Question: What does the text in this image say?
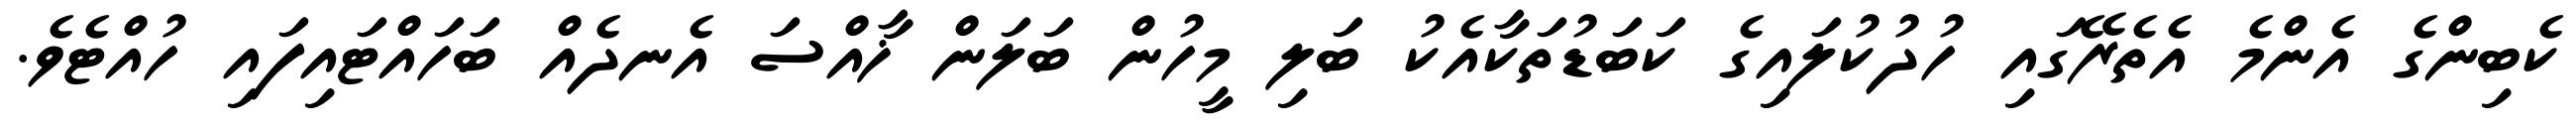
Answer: ކެބިންގެ އެންމެ އެތެރޭގައި ހުދުކުލައިގެ ކަބަޑުތަކާއެކު ބަލި މީހުން ބަލަން ޚާއްސަ އެނދެއް ބަހައްޓައިފައި ހުއްޓެވެ.